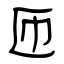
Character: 匝